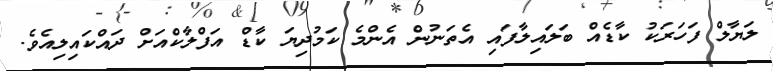
ލަޔާލް ފަހަރަކު ކާޑެއް ބަލައިލާފައި އެތަނުން އެންމެ ކަމުދިޔަ ކާޑް އަފްލާކްއަށް ދައްކައިލިއެވެ.